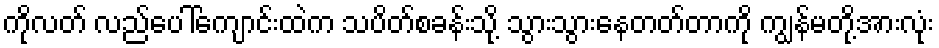
ကိုလတ် လည်ပေါ်ကျောင်းထဲက သပိတ်စခန်းသို့ သွားသွားနေတတ်တာကို ကျွန်မတို့အားလုံး